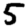
Digit: 5